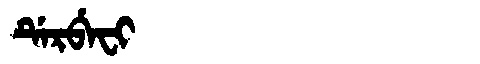
Manchu: ᡩᡝᡵᠪᡝᠸᡳ
Romanization: DERBEFI